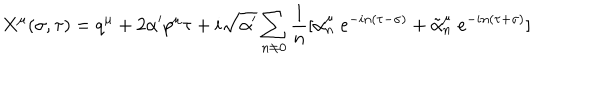
LaTeX: X ^ { \mu } ( \sigma , \tau ) = q ^ { \mu } + 2 \alpha ^ { \prime } p ^ { \mu } \tau + i \sqrt { \alpha ^ { \prime } } \sum _ { n \neq 0 } \frac { 1 } { n } [ \alpha _ { n } ^ { \mu } \; e ^ { - i n ( \tau - \sigma ) } + \tilde { \alpha } _ { n } ^ { \mu } \; e ^ { - i n ( \tau + \sigma ) } ]